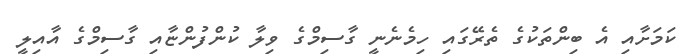
ކަމަށާއި އެ ބިންތަކުގެ ތެރޭގައި ހިމެނެނީ ގާސިމްގެ ވިލާ ކުންފުންޏާއި ގާސިމްގެ އާއިލީ